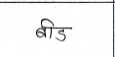
मजकूर: बीड